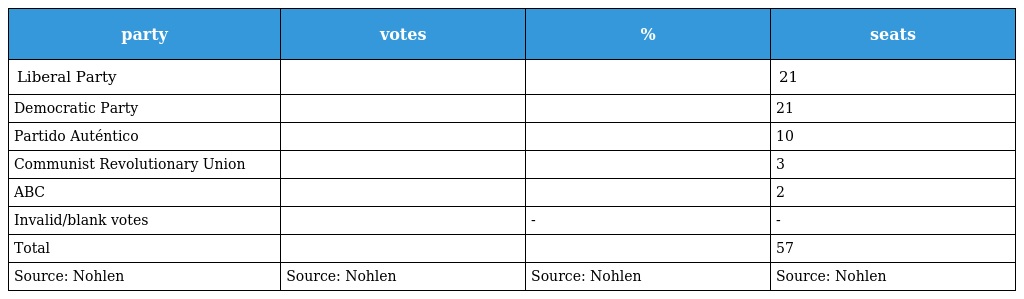
| party | votes | % | seats |
 | --- | --- | --- | --- |
 | Liberal Party |  |  | 21 |
 | Democratic Party |  |  | 21 |
 | Partido Auténtico |  |  | 10 |
 | Communist Revolutionary Union |  |  | 3 |
 | ABC |  |  | 2 |
 | Invalid/blank votes |  | - | - |
 | Total |  |  | 57 |
 | Source: Nohlen | Source: Nohlen | Source: Nohlen | Source: Nohlen |